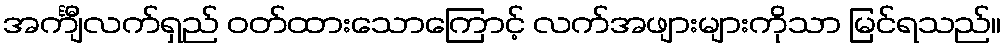
အင်္ကျီလက်ရှည် ဝတ်ထားသောကြောင့် လက်အဖျားများကိုသာ မြင်ရသည်။